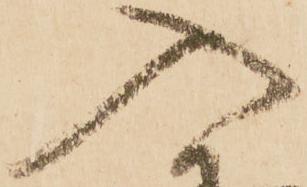
入